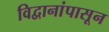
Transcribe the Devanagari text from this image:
विद्वानांपासून